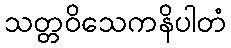
သတ္တဝိသေကနိပါတံ